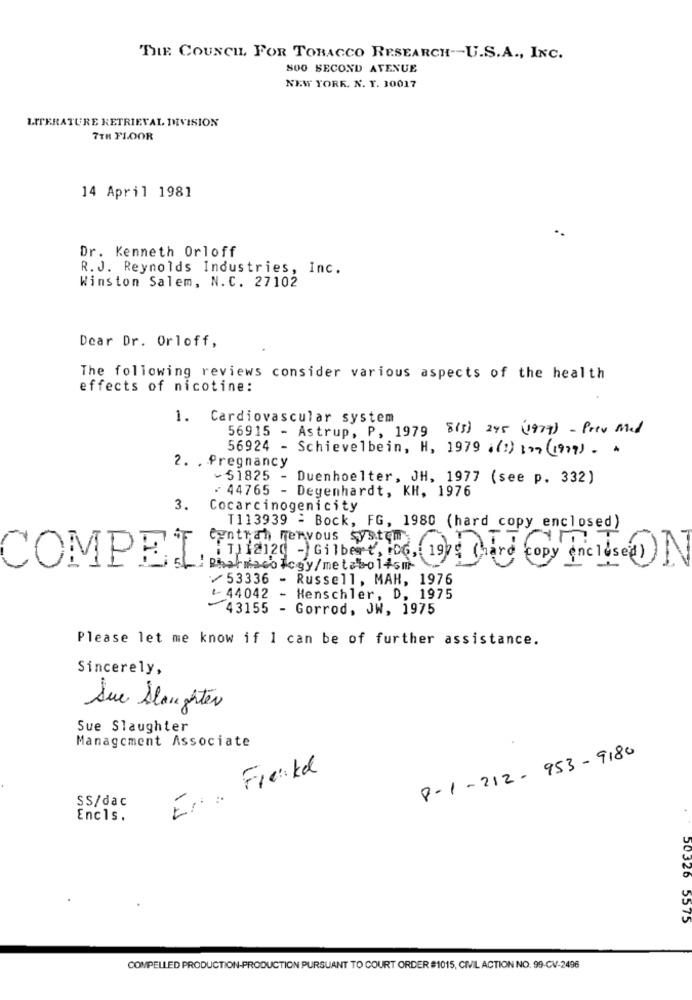
THE COUNCIL FOR TOBACCO RESEARCH-U.S.A ., INC.
SOO SECOND AVENUE
NEW YORK. N. Y. 10017
LITERATURE RETRIEVAL DIVISION
7TH FLOOR
14 April 1981
Dr. Kenneth Orloff
R.J. Reynolds Industries, Inc.
Winston Salem, N.C. 27102
Dear Dr. Orloff,
The following reviews consider various aspects of the health
effects of nicotine:
1.
Cardiovascular system
56915 - Astrup, P, 1979 8(3) 245 (1977) - Prev Med
56924 - Schievelbein, H, 1979 .(:) 177(1979) . .
2. . Pregnancy
- 51825 - Duenhoelter, JH, 1977 (see p. 332)
: 44765 - Degenhardt, KH, 1976
3.
Cocarcinogenicity
T113939 = Bock, FG, 1980 (hard copy enclosed)
Contrah nervous system
1. 12120 -Gilbert, Lo6, 1975 (hard copy incluse()
COMPEI
/53336 - R
Russell, MAH, 1976
-
44042 - Henschler, D, 1975
43155 - Gorrod, JW, 1975
Please let me know if I can be of further assistance.
Sincerely,
Due Slaughter
Sue Slaughter
Management Associate
8-1-212-953-9180
Frenkd
SS/dac
Encls.
50326 5575
COMPELLED PRODUCTION-PRODUCTION PURSUANT TO COURT ORDER #1015, CIVIL ACTION NO. 99-CV-2496